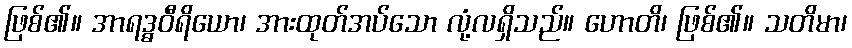
ဖြစ်၏။ အာရဒ္ဓဝီရိယော၊ အားထုတ်အပ်သော လုံ့လရှိသည်။ ဟောတိ၊ ဖြစ်၏။ သတိမာ၊